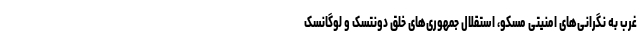
غرب به نگرانی‌های امنیتی مسکو، استقلال جمهوری‌های خلق دونتسک و لوگانسک